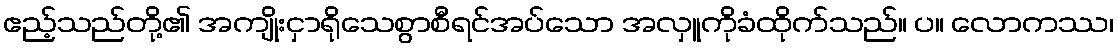
ဧည့်သည်တို့၏ အကျိုးငှာရိုသေစွာစီရင်အပ်သော အလှူကိုခံထိုက်သည်။ ပ။ လောကဿ၊